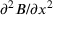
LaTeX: \partial ^ { 2 } B / \partial x ^ { 2 }